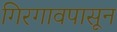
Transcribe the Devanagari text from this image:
गिरगावपासून